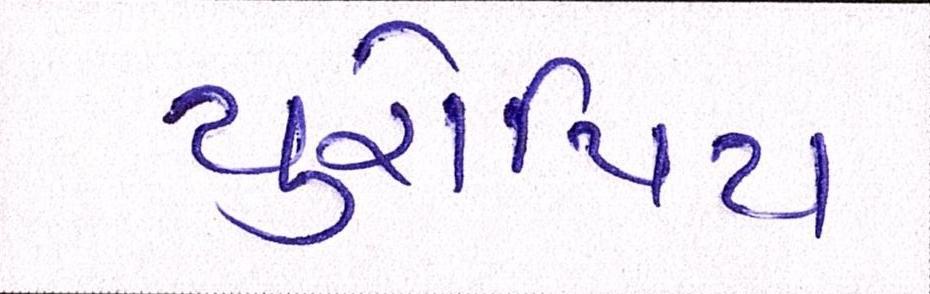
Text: યુરોપિય